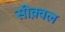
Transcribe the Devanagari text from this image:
सीक़्वल